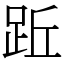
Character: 䟬